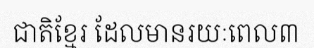
ជាតិខ្មែរ ដែលមានរយៈពេល៣